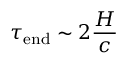
\tau _ { \mathrm { e n d } } \sim 2 { \frac { H } { c } }